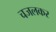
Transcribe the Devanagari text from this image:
चजलकर